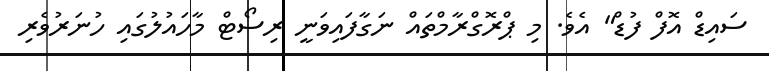
ސައިޑް އޮފް ފުޑް" އެވެ. މި ޕްރޮގްރާމްތައް ނަގާފައިވަނީ ރިސޯޓް މާހައުލުގައި ހުނަރުވެރި